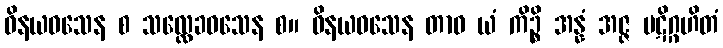
ဝိနယဝသေန စ သလ္လေခဝသေန စ။ ဝိနယဝသေန တာဝ ယံ ကိဉ္စိ အန္နံ အဇ္ဇ ပဋိဂ္ဂဟိတံ